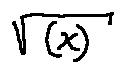
\sqrt { ( x ) }